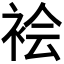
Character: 𫋻